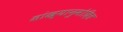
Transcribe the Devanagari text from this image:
सांख्यानुमोदित